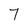
Character: 7